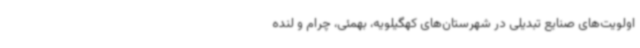
اولویت‌های صنایع تبدیلی در شهرستان‌های کهگیلویه، بهمئی، چرام و لنده